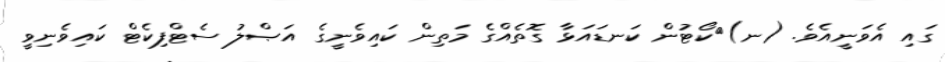
ގައި އެވަނީއެވެ. (ނ)	ކޯޓުން ކަނޑައަޅާ ގޮތެއްގެ މަތިން ކައިވެނީގެ އަޞްލު ސެޓްފިކެޓް ކައިވެނިވީ